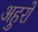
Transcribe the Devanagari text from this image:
अहुरों